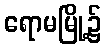
ရောမမြို့၌